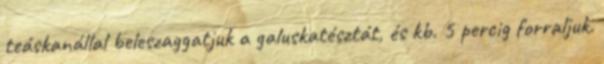
teáskanállal beleszaggatjuk a galuskatésztát, és kb. 5 percig forraljuk.